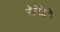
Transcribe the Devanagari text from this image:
सेनेटेने